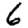
Digit: 6